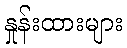
နှုန်းထားများ